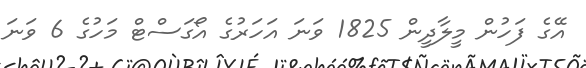
އޭގެ ފަހުން މީލާދީން 1825 ވަނަ އަހަރުގެ އޯގަސްޓް މަހުގެ 6 ވަނަ